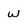
Character: w